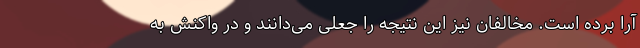
آرا برده است. مخالفان نیز این نتیجه را جعلی می‌دانند و در واکنش به